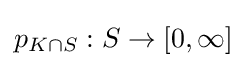
{\textstyle p_{K\cap S}:S\to [0,\infty ]}